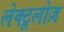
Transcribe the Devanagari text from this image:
लेक्टूलोज़